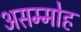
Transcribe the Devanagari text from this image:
असम्मोह